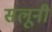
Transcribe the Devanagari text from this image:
सलूनी